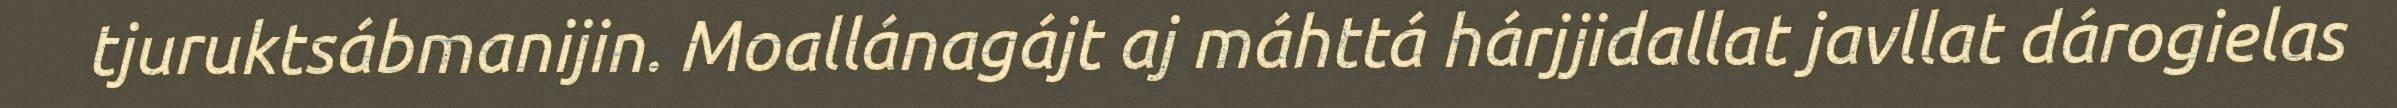
tjuruktsábmanijin. Moallánagájt aj máhttá hárjjidallat javllat dárogielas